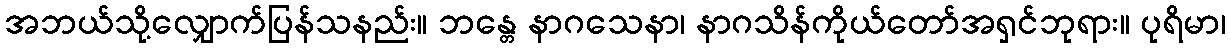
အဘယ်သို့လျှောက်ပြန်သနည်း။ ဘန္တေ နာဂသေနာ၊ နာဂသိန်ကိုယ်တော်အရှင်ဘုရား။ ပုရိမာ၊